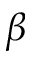
\beta